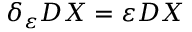
\delta _ { \varepsilon } D X = \varepsilon D X